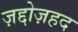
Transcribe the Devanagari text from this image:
ज़द्दोज़हद